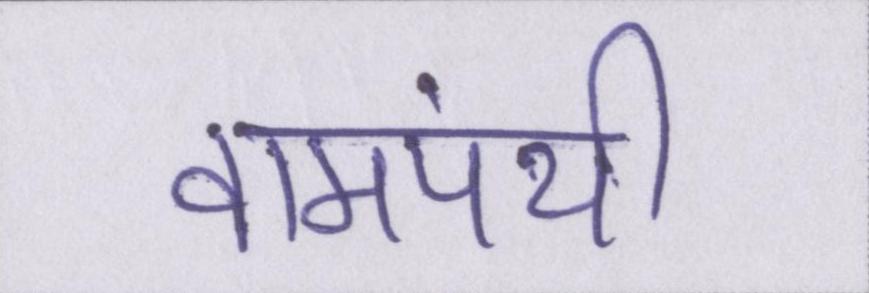
वामपंथी